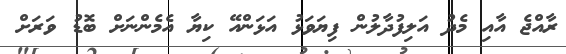
ރާއްޖެ އާއި މެދު އަލިފުދާލުން ފިޔަވަޅު އަޅަންއޭ ކިޔާ އެމެންނަށް ބޮޑު ވަރަށް